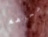
شعرهم